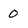
Character: 0